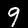
Label: 9